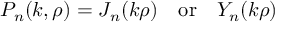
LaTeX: P _ { n } ( k , \rho ) = J _ { n } ( k \rho ) \, \, \, \, \, \, \mathrm { o r } \, \, \, \, \, \, Y _ { n } ( k \rho )